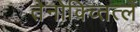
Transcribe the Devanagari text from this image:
तेनोक्च्तित्लें